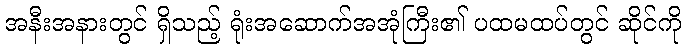
အနီးအနားတွင် ရှိသည့် ရုံးအဆောက်အအုံကြီး၏ ပထမထပ်တွင် ဆိုင်ကို